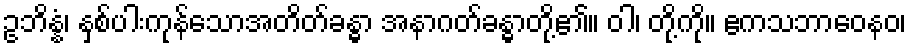
ဥဘိန္နံ၊ နှစ်ပါးကုန်သောအတိတ်ခန္ဓာ အနာဂတ်ခန္ဓာတို့၏။ ဝါ၊ တို့ကို။ ဧကသဘာဝေနဝ၊